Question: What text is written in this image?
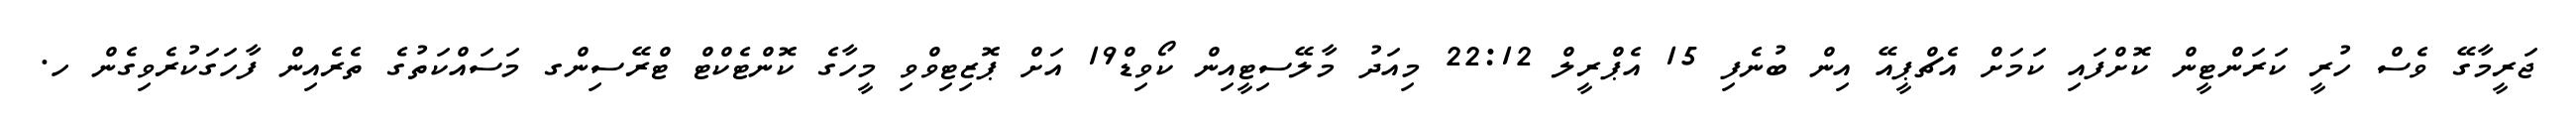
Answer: ޖަރީމާގޭ ވެސް ހުރީ ކަރަންޓީން ކޮށްފައި ކަމަށް އެޗްޕީއޭ އިން ބުނެފި 15 އެޕްރީލް 22:12 މިއަދު މާލޭސިޓީއިން ކޯވިޑް19 އަށް ޕޮޒިޓިވްވި މީހާގެ ކޮންޓެކްޓް ޓްރޭސިންގ މަސައްކަތުގެ ތެރެއިން ފާހަގަކުރެވިގެން ހ.